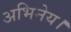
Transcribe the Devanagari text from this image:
अभिनेय।